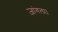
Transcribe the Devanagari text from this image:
ज़ांगला।